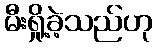
မီးရှို့ခဲ့သည်ဟု